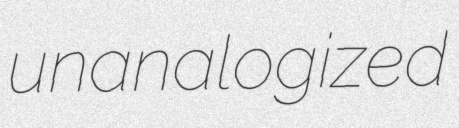
unanalogized